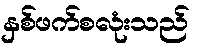
နှစ်ဖက်စလုံးသည်